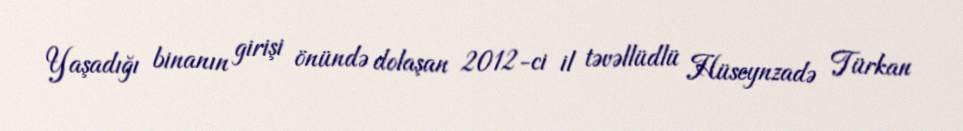
Yaşadığı binanın girişi önündə dolaşan 2012-ci il təvəllüdlü Hüseynzadə Türkan